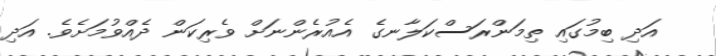
އަދި ބިމުގައި ތިމަންރަސްކަލާނގެ އެއުރެންނަށް ވެރިކަން ދެއްވުމަށެވެ. އަދި